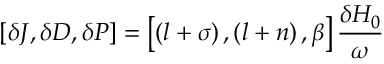
\left[ \delta J , \delta D , \delta P \right] = \left[ \left( l + \sigma \right) , \left( l + n \right) , \beta \right] \frac { \delta H _ { 0 } } { \omega }